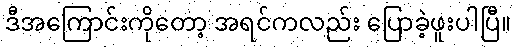
ဒီအကြောင်းကိုတော့ အရင်ကလည်း ပြောခဲ့ဖူးပါပြီ။